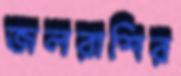
জলরাশির